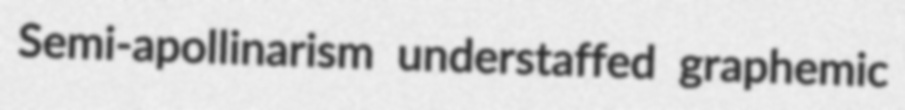
Semi-apollinarism understaffed graphemic